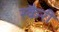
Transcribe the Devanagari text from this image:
स्कैरी